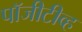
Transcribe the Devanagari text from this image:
पॉजीटीव्ह